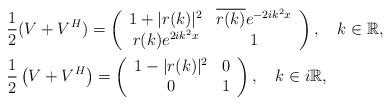
LaTeX: \begin{align*} &\frac{1}{2}(V + V^H) = \left(\begin{array}{cc}1+ |r(k)|^2 & \overline{r(k)}e^{-2ik^2x} \\r(k)e^{2ik^2x} & 1 \end{array} \right), \ \ \ k\in \mathbb{R}, \\&\frac{1}{2}\left(V + V^H\right) = \left(\begin{array}{cc} 1-|r(k)|^2 & 0 \\0 & 1 \end{array} \right), \ \ \ k\in i\mathbb{R}, \end{align*}